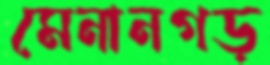
মেনানগড়